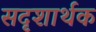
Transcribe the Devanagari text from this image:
सदृशार्थक